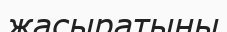
жасыратыны